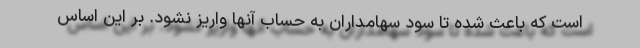
است که باعث شده تا سود سهامداران به حساب آنها واریز نشود. بر این اساس